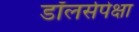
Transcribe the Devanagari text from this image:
डॉलर्सपेक्षा